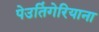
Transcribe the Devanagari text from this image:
पेउतिंगेरियाना